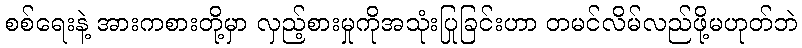
စစ်ရေးနဲ့ အားကစားတို့မှာ လှည့်စားမှုကိုအသုံးပြုခြင်းဟာ တမင်လိမ်လည်ဖို့မဟုတ်ဘဲ